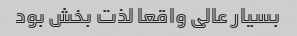
بسیار عالی واقعا لذت بخش بود